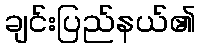
ချင်းပြည်နယ်၏